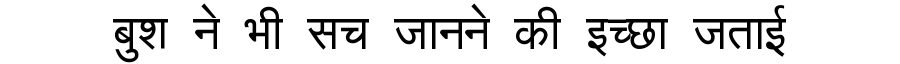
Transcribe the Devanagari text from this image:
बुश ने भी सच जानने की इच्छा जताई